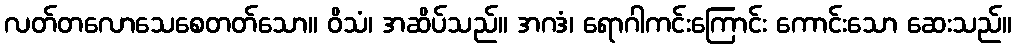
လတ်တလောသေစေတတ်သော။ ဝိသံ၊ အဆိပ်သည်။ အဂဒံ၊ ရောဂါကင်းကြောင်း ကောင်းသော ဆေးသည်။